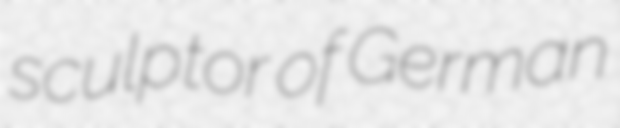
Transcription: sculptor of German